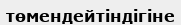
төмендейтіндігіне